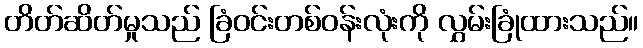
တိတ်ဆိတ်မှုသည် ခြံဝင်းတစ်ဝန်းလုံးကို လွှမ်းခြုံထားသည်။